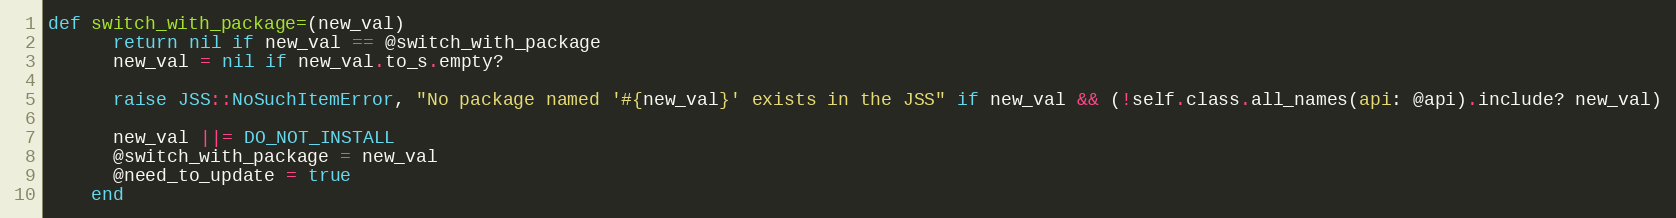
Language: Ruby
def switch_with_package=(new_val)
      return nil if new_val == @switch_with_package
      new_val = nil if new_val.to_s.empty?

      raise JSS::NoSuchItemError, "No package named '#{new_val}' exists in the JSS" if new_val && (!self.class.all_names(api: @api).include? new_val)

      new_val ||= DO_NOT_INSTALL
      @switch_with_package = new_val
      @need_to_update = true
    end